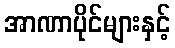
အာဏာပိုင်များနှင့်